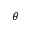
\theta